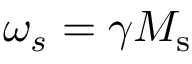
\omega _ { s } = \gamma M _ { \mathrm { s } }